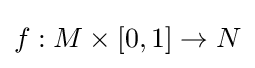
f:M\times [0,1]\to N